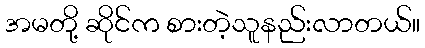
အမတို့ ဆိုင်က စားတဲ့သူနည်းလာတယ်။